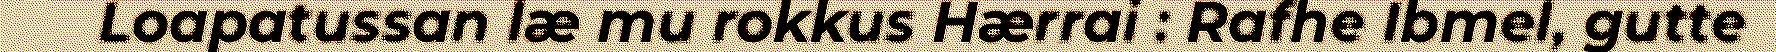
Loapatussan læ mu rokkus Hærrai : Rafhe Ibmel, gutte